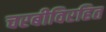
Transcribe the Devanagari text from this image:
चरबीविरहित